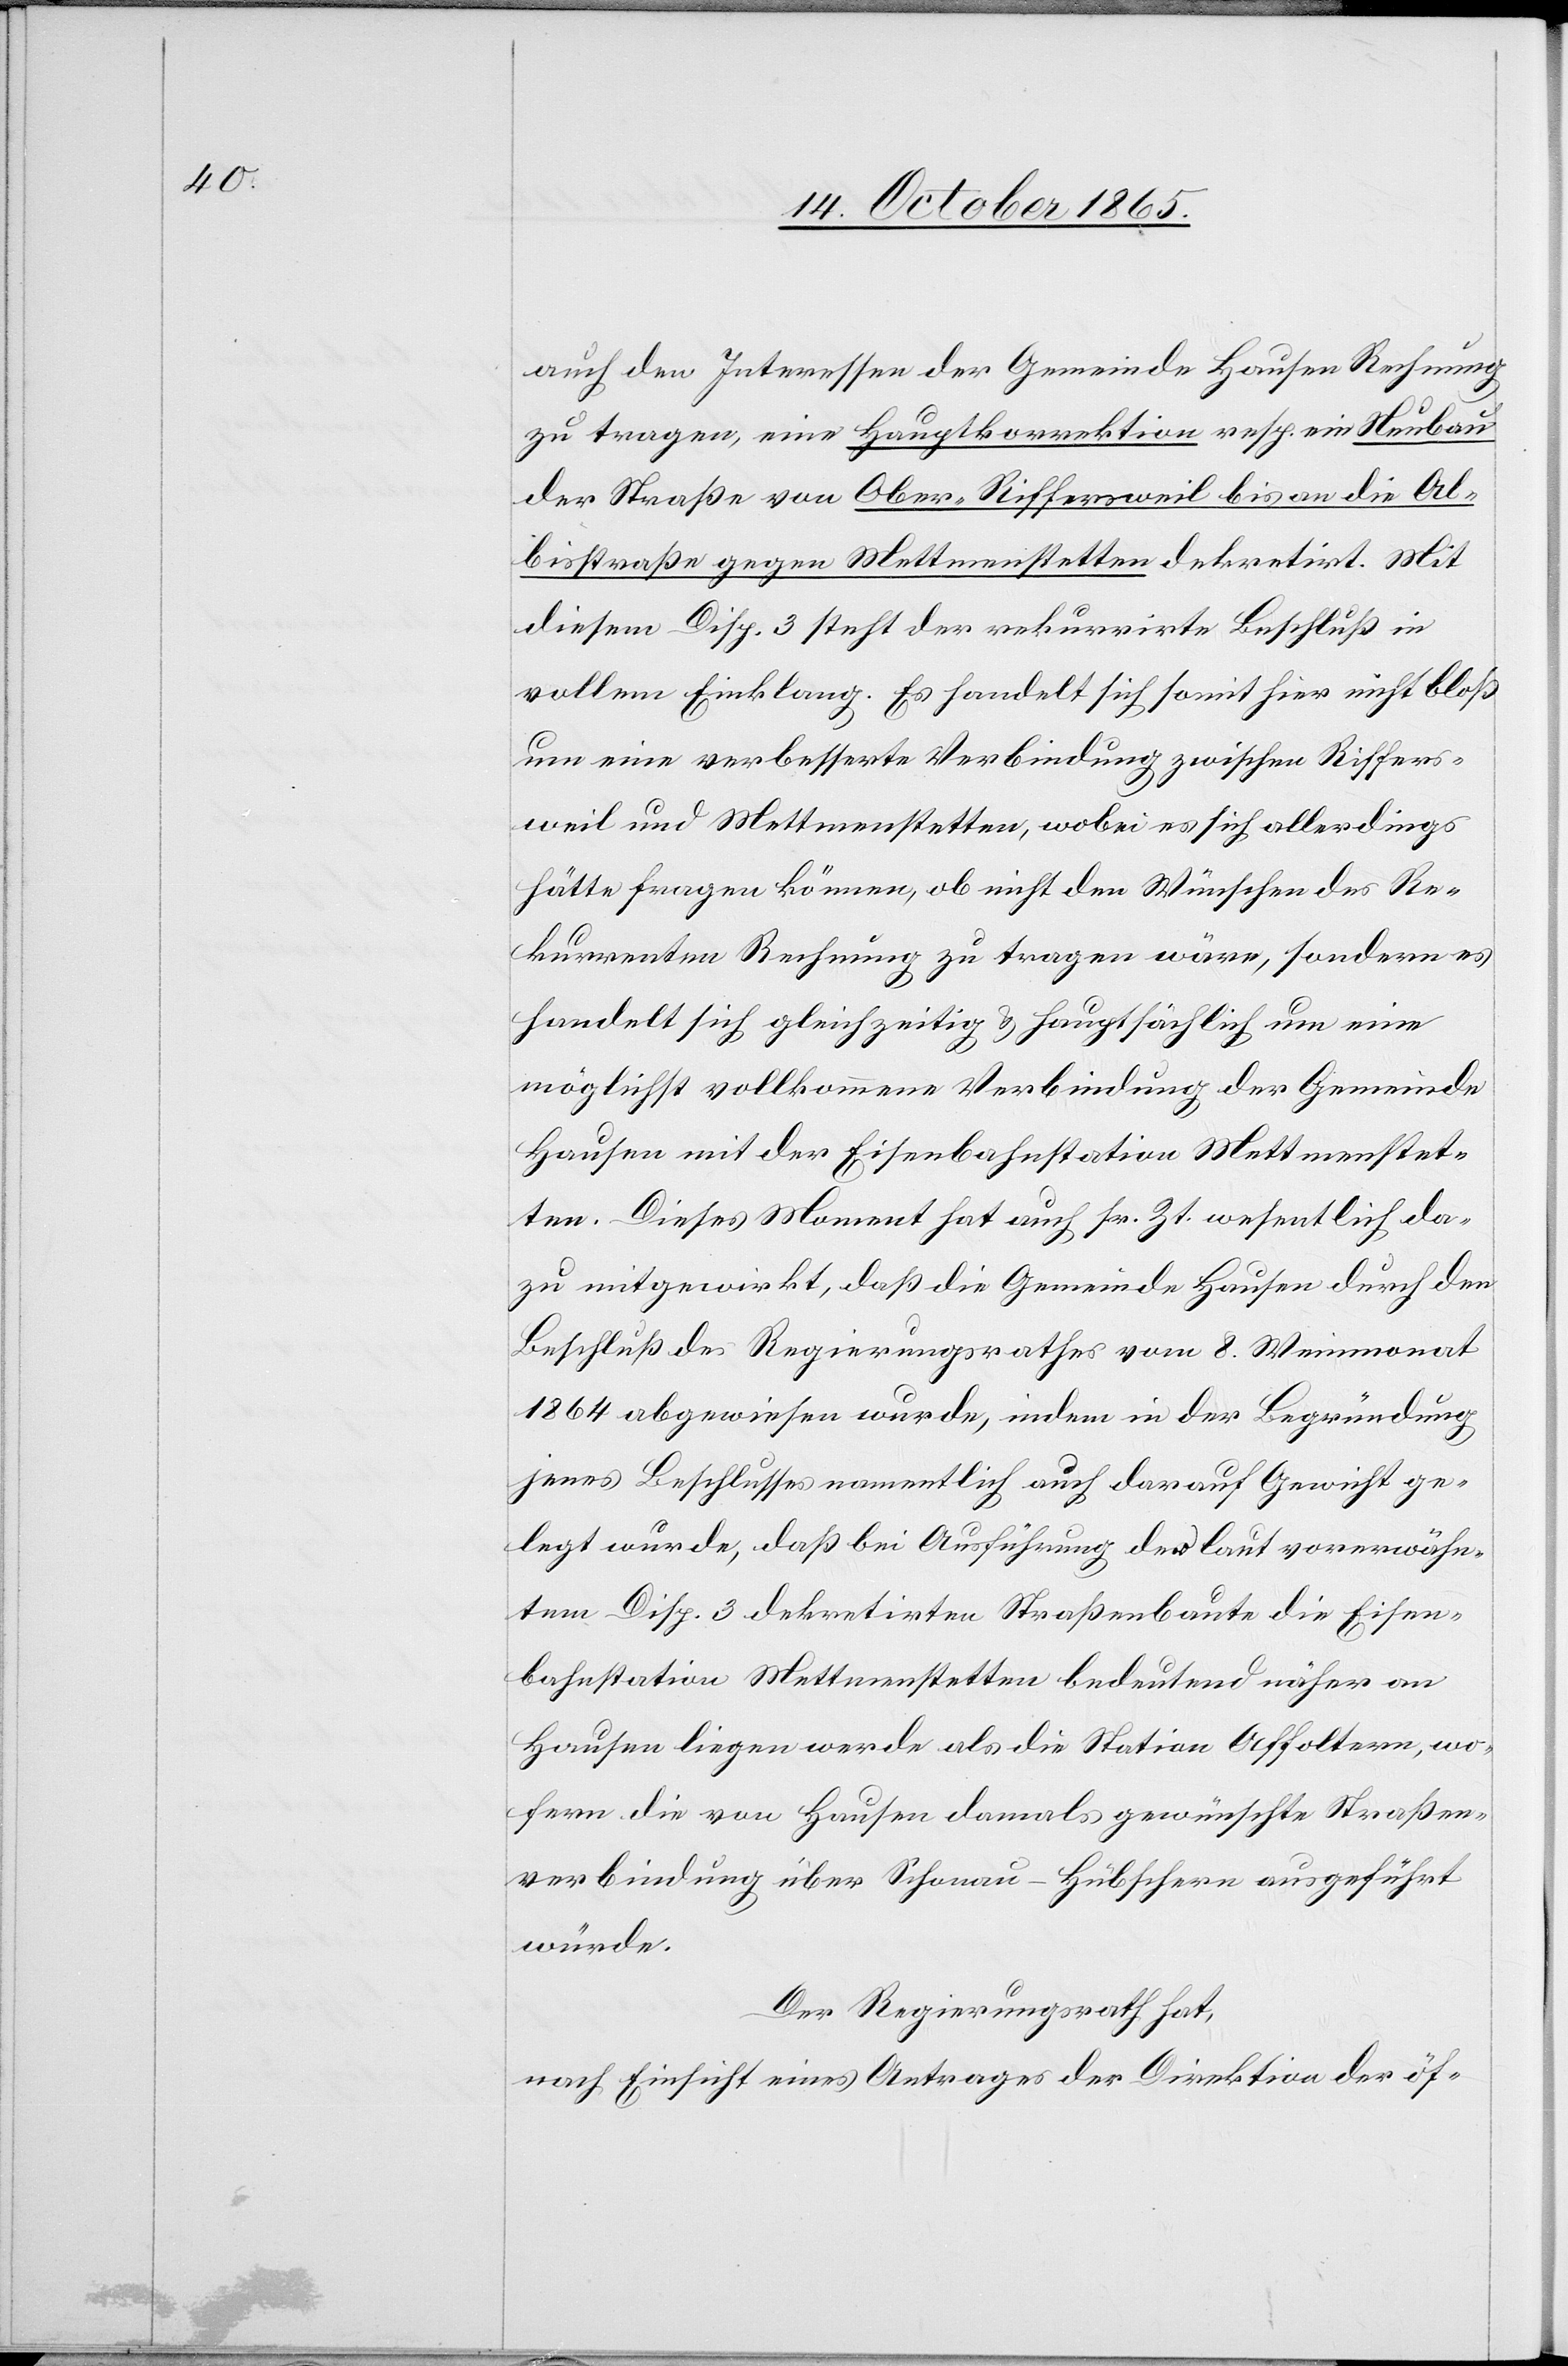
auch den Interessen der Gemeinde Hausen Rechnung
zu tragen, eine Hauptkorrektion resp. ein Neubau
der Straße von Ober-Riffersweil bis an die Al¬
bisstraße gegen Mettmenstetten dekretirt. Mit
diesem Disp. 3 steht der rekurrirte Beschluß in
vollem Einklang. Es handelt sich somit hier nicht bloß
um eine verbesserte Verbindung zwischen Riffers¬
weil und Mettmenstetten, wobei es sich allerdings
hätte fragen können, ob nicht den Wünschen des Re¬
kurrenten Rechnung zu tragen wäre, sondern es
handelt sich gleichzeitig & hauptsächlich um eine
möglichst vollkommene Verbindung der Gemeinde
Hausen mit der Eisenbahnstation Mettmenstet¬
ten. Dieses Moment hat auch sr. Zt. wesentlich da¬
zu mitgewirkt, daß die Gemeinde Hausen durch den
Beschluß des Regierungsrathes vom 8. Weinmonat
1864 abgewiesen wurde, indem in der Begründung
jenes Beschlusses namentlich auch darauf Gewicht ge¬
legt wurde, daß bei Ausführung des laut vorerwähn¬
tem Disp. 3 dekretirten Straßenbaute die Eisen¬
bahnstation Mettmenstetten bedeutend näher an
Hausen liegen werde als die Station Affoltern, wo¬
fern die von Hausen damals gewünschte Straßen¬
verbindung über Schonau–Hübschern [sic!] ausgeführt
würde.
Der Regierungsrath hat,
nach Einsicht eines Antrages der Direktion der öf-